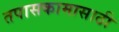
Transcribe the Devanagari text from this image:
तपासकामासाठी